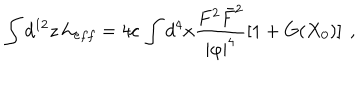
\int d ^ { 1 2 } z \, { \cal L } _ { e f f } = 4 c \, \int d ^ { 4 } x \frac { F ^ { 2 } \bar { F } ^ { 2 } } { | \varphi | ^ { 4 } } \left[ 1 + G ( X _ { 0 } ) \right] ~ ,